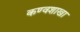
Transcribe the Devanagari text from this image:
कण्वशाखा